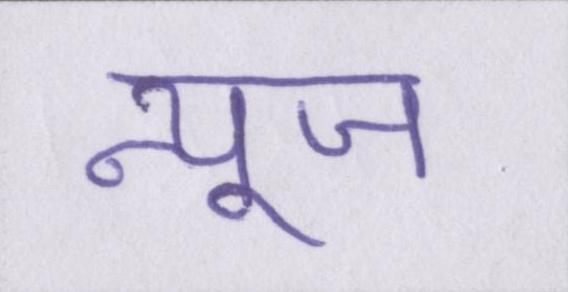
न्यूज